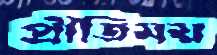
প্রীতিময়